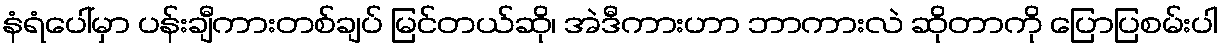
နံရံပေါ်မှာ ပန်းချီကားတစ်ချပ် မြင်တယ်ဆို၊ အဲဒီကားဟာ ဘာကားလဲ ဆိုတာကို ပြောပြစမ်းပါ